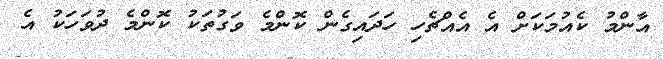
އާންމު ކެއުމަކަށް އެ އެއްޗެހި ހަދައިގެން ކޮންމެ ވަގުތަކު ކޮންމެ ދުވަހަކު އެ